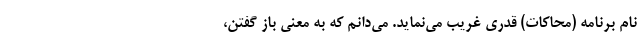
نام برنامه (محاکات) قدری غریب می‌نماید. می‌دانم که به معنی باز گفتن،